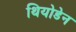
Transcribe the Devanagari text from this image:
थियोडेन